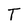
Character: T